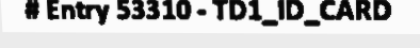
# Entry 53310 - TD1_ID_CARD